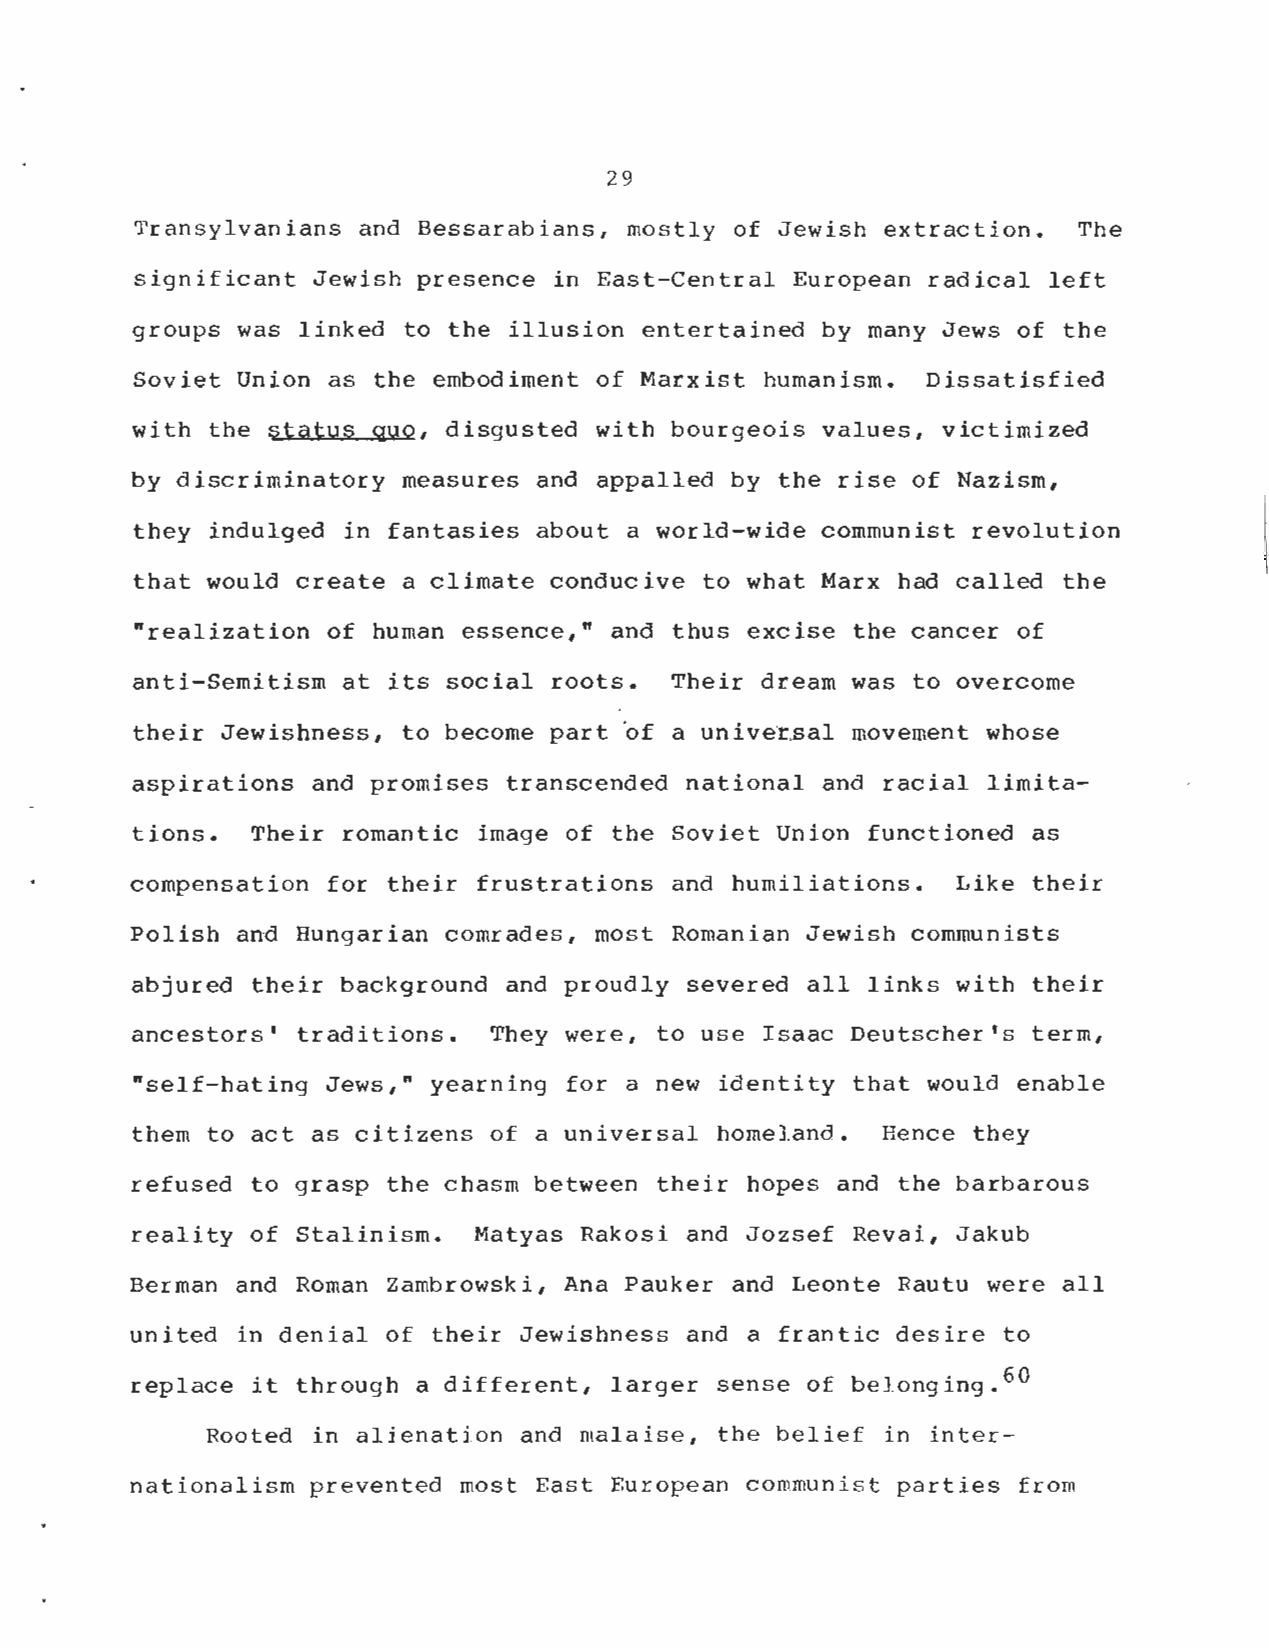
2 9
 Transylvanians and Bessarabians, mostly of Jewish extraction . The
 significant Jewish presence in East-Central European radical lef t
 groups was linked to the illusion entertained by many Jews of th e
 Soviet Union as the embodiment of Marxist humanism . Dissatisfied
 with the status quo, disgusted with bourgeois values, victimized
 by discriminatory measures and appalled by the rise of Nazism ,
 they indulged in fantasies about a world-wide communist revolutio n
 that would create a climate conducive to what Marx had called th e
 "realization of human essence," and thus excise the cancer o f
 anti-Semitism at its social roots . Their dream was to overcome
 their Jewishness, to become part 'of a universal movement whose
 aspirations and promises transcended national and racial limita-
 tions . Their romantic image of the Soviet Union functioned as
 compensation for their frustrations and humiliations . Like their
 Polish and Hungarian comrades, most Romanian Jewish communist s
 abjured their background and proudly severed all links with thei r
 ancestors' traditions . They were, to use Isaac Deutscher's term ,
 "self-hating Jews," yearning for a new identity that would enabl e
 them to act as citizens of a universal homeland . Hence they
 refused to grasp the chasm between their hopes and the barbarou s
 reality of Stalinism. Matyas Rakosi and Jozsef Revai, Jakub
 Berman and Roman Zambrowski, Ana Pauker and Leonte Rautu were al l
 united in denial of their Jewishness and a frantic desire t o
 replace it through a different, larger sense of belonging . 60
 Rooted in alienation and malaise, the belief in inter -
 nationalism prevented most East European communist parties from